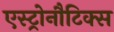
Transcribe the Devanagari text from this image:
एस्ट्रोनौटिक्स